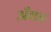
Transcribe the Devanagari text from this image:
अँका